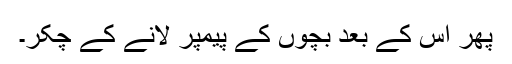
پھر اس کے بعد بچوں کے پیمپر لانے کے چکّر۔